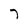
Character: 7